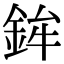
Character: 鉾